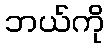
ဘယ်ကို